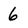
Character: 6